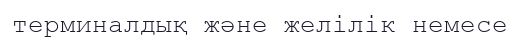
терминалдық және желілік немесе